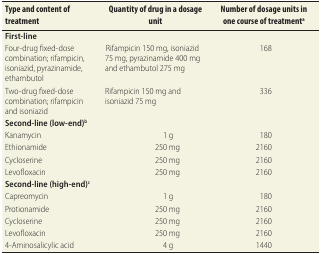
| Type and content of treatment | Quantity of drug in a dosage unit | Number of dosage units in one course of treatmenta |
 | --- | --- | --- |
 | First-line |  |  |
 | Four-drug fixed-dose combination; rifampicin, isoniazid, pyrazinamide, ethambutol | Rifampicin 150 mg, isoniazid 75 mg, pyrazinamide 400 mg and ethambutol 275 mg | 168 |
 | Two-drug fixed-dose combination; rifampicin and isoniazid | Rifampicin 150 mg and isoniazid 75 mg | 336 |
 | Second-line (low-end)b |  |  |
 | Kanamycin | 1 g | 180 |
 | Ethionamide | 250 mg | 2160 |
 | Cycloserine | 250 mg | 2160 |
 | Levofloxacin | 250 mg | 2160 |
 | Second-line (high-end)c |  |  |
 | Capreomycin | 1 g | 180 |
 | Protionamide | 250 mg | 2160 |
 | Cycloserine | 250 mg | 2160 |
 | Levofloxacin | 250 mg | 2160 |
 | 4-Aminosalicylic acid | 4 g | 1440 |